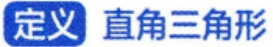
定义 直角三角形